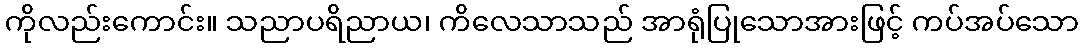
ကိုလည်းကောင်း။ သညာပရိညာယ၊ ကိလေသာသည် အာရုံပြုသောအားဖြင့် ကပ်အပ်သော